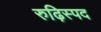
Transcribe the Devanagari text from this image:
रुढ़िस्पद